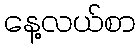
နေ့လယ်စာ